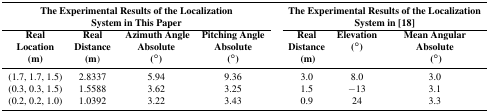
<table><thead><tr><td colspan="4"><b>The Experimental Results of the Localization System in This Paper</b></td><td colspan="3"><b>The Experimental Results of the Localization System in [18]</b></td></tr><tr><td><b>Real Location (m)</b></td><td><b>Real Distance (m)</b></td><td><b>Azimuth Angle Absolute (°)</b></td><td><b>Pitching Angle Absolute (°)</b></td><td><b>Real Distance (m)</b></td><td><b>Elevation (°)</b></td><td><b>Mean Angular Absolute (°)</b></td></tr></thead><tbody><tr><td>(1.7, 1.7, 1.5)</td><td>2.8337</td><td>5.94</td><td>9.36</td><td>3.0</td><td>8.0</td><td>3.0</td></tr><tr><td>(0.3, 0.3, 1.5)</td><td>1.5588</td><td>3.62</td><td>3.25</td><td>1.5</td><td>-13</td><td>3.1</td></tr><tr><td>(0.2, 0.2, 1.0)</td><td>1.0392</td><td>3.22</td><td>3.43</td><td>0.9</td><td>24</td><td>3.3</td></tr></tbody></table>